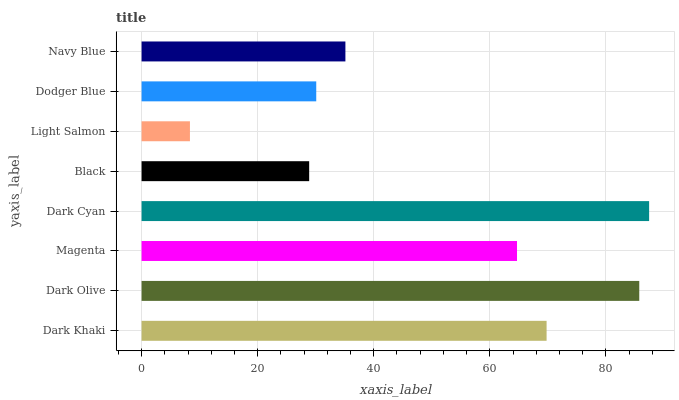
| yaxis_label | bars |
 | --- | --- |
 | Dark Khaki | 69.8 |
 | Dark Olive | 85.8 |
 | Magenta | 64.7 |
 | Dark Cyan | 87.5 |
 | Black | 28.9 |
 | Light Salmon | 8.33 |
 | Dodger Blue | 30.1 |
 | Navy Blue | 35.1 |